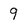
Character: 9